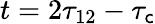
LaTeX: t=2\tau_{12}-\tau_{\mathsf{c}}